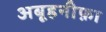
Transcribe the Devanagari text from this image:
अबूहनीफ़ा